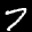
Label: 7